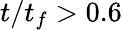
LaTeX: t/t_{f}>0.6